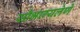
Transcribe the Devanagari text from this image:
सौभाग्यलेणे